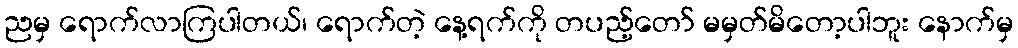
ညမှ ရောက်လာကြပါတယ်၊ ရောက်တဲ့ နေ့ရက်ကို တပည့်တော် မမှတ်မိတော့ပါဘူး နောက်မှ